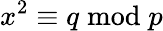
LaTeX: x^{2}\equiv q{\bmod{p}}